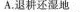
A.退耕还湿地